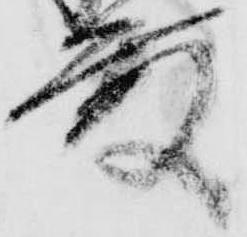
殿